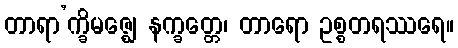
တာရာ’က္ခိမဇ္ဈေ နက္ခတ္တေ၊ တာရော ဥစ္စတရဿရေ။